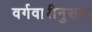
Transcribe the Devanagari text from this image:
वर्गवारीनुसार